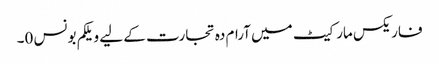
فاریکس مارکیٹ میں آرام دہ تجارت کے لیے ویلکم بونس 0۔